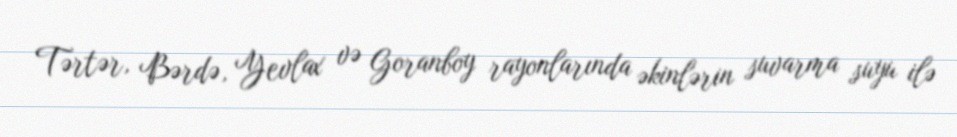
Tərtər, Bərdə, Yevlax və Goranboy rayonlarında əkinlərin suvarma suyu ilə